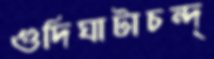
গুদিঘাটাচন্দ্